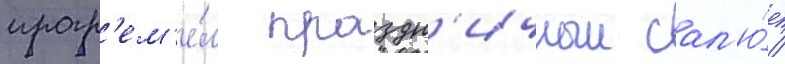
прогр'ем'е́л праздн'ичныи сал'ю́т /